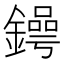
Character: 𨬱